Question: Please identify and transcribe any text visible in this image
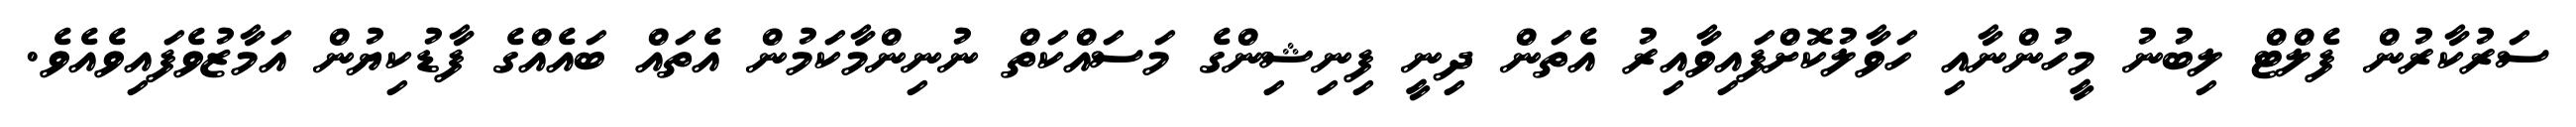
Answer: ސަރުކާރުން ފެލްޓް ލިބުނު މީހުންނާއި ހަވާލުކޮށްފައިވާއިރު އެތަން ދިނީ ފިނިޝިންގެ މަސައްކަތް ނުނިންމާކަމުން އެތައް ބައެއްގެ ފާޑުކިޔުން އަމާޒުވެފައިވެއެވެ.